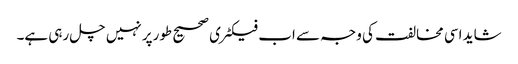
شاید اسی مخالفت کی وجہ سے اب فیکٹری صحیح طورپر نہیں چل رہی ہے۔